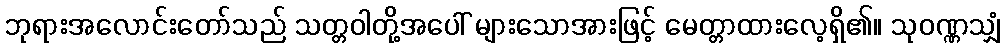
ဘုရားအလောင်းတော်သည် သတ္တဝါတို့အပေါ် များသောအားဖြင့် မေတ္တာထားလေ့ရှိ၏။ သုဝဏ္ဏသျှံ